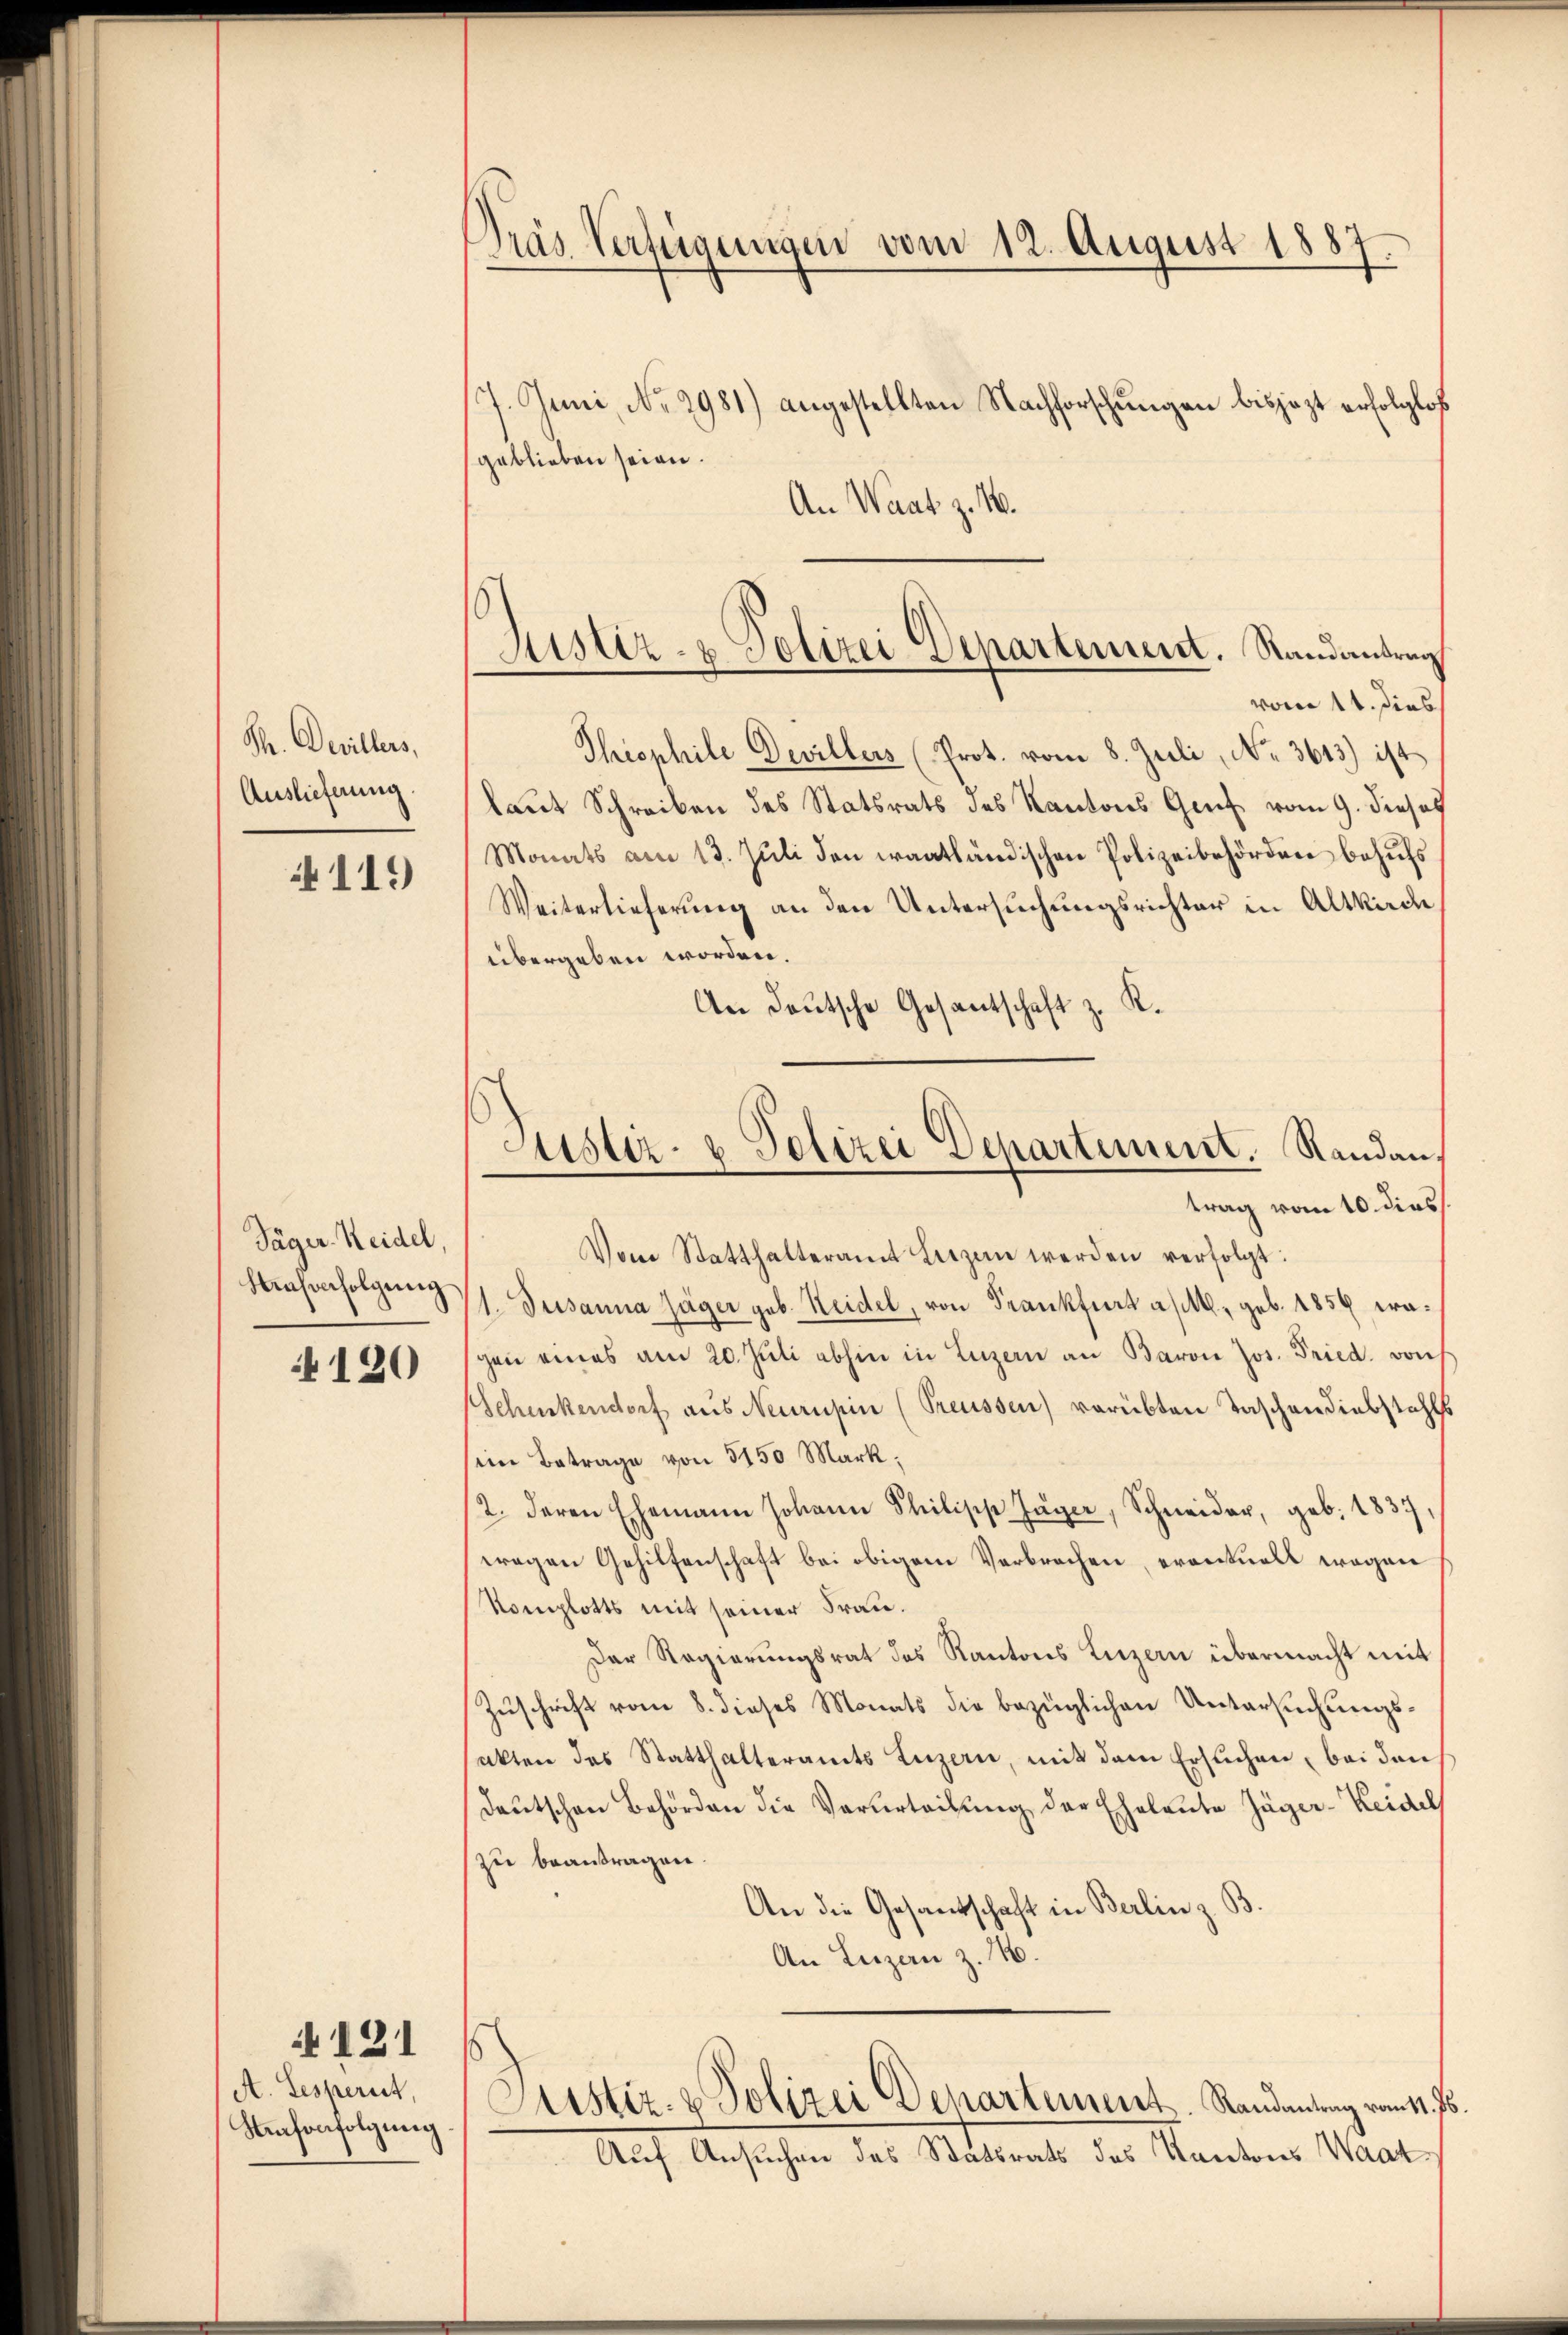
Th. Devillers,
Auslieferung.

119

Säger Heidel,
Masverfolgung

120

121

A. Gesperit,
Neuhonfolgung

Pras Verfügungen vom 12. August 1887.
7. Juni, No. 2981) angestellten Nachforschungen bisjezt erfolglos
geblieben seien.

An Waat z. 16.

vom 11. dies
Thisphile Devillers (Prot. vom 8. Juli, No. 3613) ist
laut Schreiben des Statsrats des Kantons Genf vom 9. diesel
Monats am 13. Juli den waatländischen Polizeibehörden behufs
Weiterlieferung an den Untersuchungsrichter in Altkirch
übergeben worden.
A.
An Deutsche Gesantschaft z.
Vom Statthalteramt Leizen werden verfolgt:
1. Susanna Jäger geb. Reidel, von Frankfurt a/M. geb. 1856 eragen eines am 20. Jŭli abhin in Luzern an Baron Jos. Fried. von
Schenkendorf aus Neurupin (Preussen) vorübten Taschendiebstahls
sein Betrage von 5150 Mark;
2. deren Ehemann Johann Stilisch Jäger, Schneider, geb. 1837,
wegen Gehilfenschaft bei obigem Verbrechen, eventuell wegen
Komplotts mit seiner Frau.
Der Regierungsrat des Kantons Luzern übermacht mit
Zuschrift vom 8. dieses Monats die bezüglichen Untersuchungsakten des Statthalteramts Luzern, mit dem Ersuchen, bei den
deŭtschen Behörden die Verurteilung der Eheleute Jäger-Keidel
zu beantragen.
An die Gesandschaft in Berlin z. B.
An Luzan z. 10.

Justiz- & Polizei Departement. Randantrag

Justiz- & Polizei Departement. Randau,
trag vom 10. dies

Custiz- & Polizei Departement. Randantrag vom 11. Js.
Auf Ansuchen des Statsrats des Kantons Waat¬